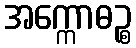
အက္ကောဓဉ္စ